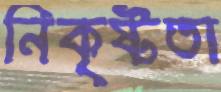
নিকৃষ্টতা